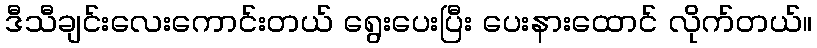
ဒီသီချင်းလေးကောင်းတယ် ရွေးပေးပြီး ပေးနားထောင် လိုက်တယ်။